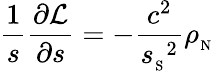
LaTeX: {\frac{1}{s}}{\frac{\partial{\cal L}}{\partial s}}=-{\frac{c^{2}}{{s_{_\mathrm{S}}}^{2}}}{\rho_{_\mathrm{N}}}